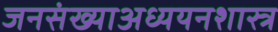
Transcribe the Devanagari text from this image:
जनसंख्याअध्ययनशास्त्र